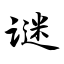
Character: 谜